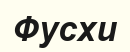
Фусхи